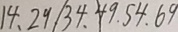
1 4 . 2 9 . 3 4 . 4 9 . 5 4 . 6 9